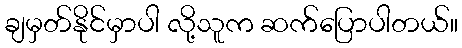
ချမှတ်နိုင်မှာပါ လို့သူက ဆက်ပြောပါတယ်။